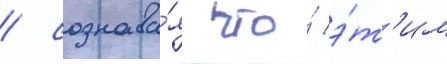
/ сознава́я что́ э́т'им